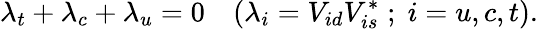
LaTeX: \lambda_{t}+\lambda_{c}+\lambda_{u}=0\quad(\lambda_{i}=V_{id}V_{is}^{*}\; ;\; i=u,c,t).